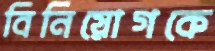
বিনিয়োগকে